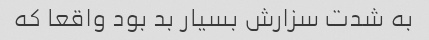
به شدت سزارش بسیار بد بود واقعا که